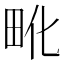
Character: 𰢺